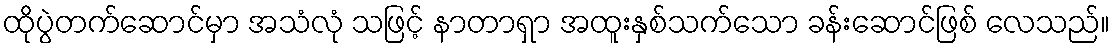
ထိုပွဲတက်ဆောင်မှာ အသံလုံ သဖြင့် နာတာရှာ အထူးနှစ်သက်သော ခန်းဆောင်ဖြစ် လေသည်။